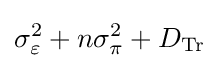
\sigma _{\varepsilon }^{2}+n\sigma _{\pi }^{2}+D_{\text{Tr}}